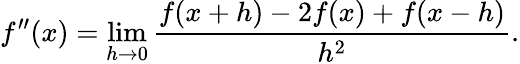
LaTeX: f^{\prime\prime}(x)=\operatorname*{lim}_{h\to 0}{\frac{f(x+h)-2f(x)+f(x-h)}{h^{2}}}.